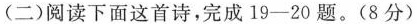
(二)阅读下面这首诗，完成19-20题。(8分)